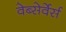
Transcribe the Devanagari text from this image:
वेब्सेर्वेर्स